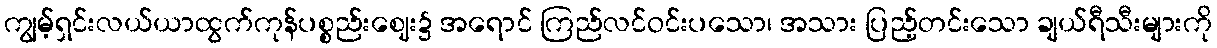
ကျွမ့်ရှင်းလယ်ယာထွက်ကုန်ပစ္စည်းဈေး၌ အရောင် ကြည်လင်ဝင်းပသော၊ အသား ပြည့်တင်းသော ချယ်ရီသီးများကို